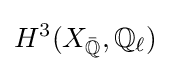
H^{3}(X_{\bar {\mathbb {Q} }},\mathbb {Q} _{\ell })